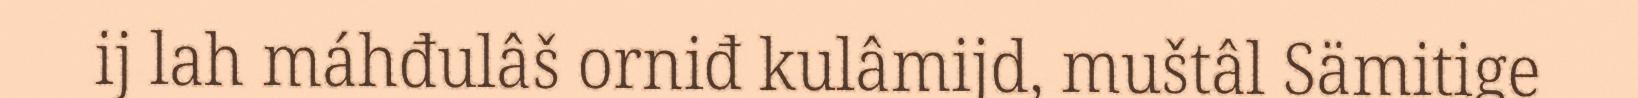
ij lah máhđulâš orniđ kulâmijd, muštâl Sämitige